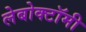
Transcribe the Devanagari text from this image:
लेबोक्टॉमी